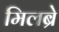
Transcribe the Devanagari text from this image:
मिलब्रे